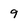
Character: 9